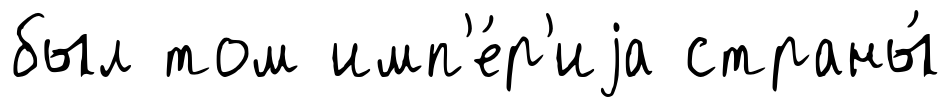
был том имп'е́р'иjа страны́